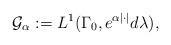
LaTeX: \begin{align*} \mathcal{G}_\alpha := L^1(\Gamma_0, e^{\alpha|\cdot|}d \lambda),\end{align*}